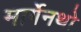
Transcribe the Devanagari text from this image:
मार्गेनथो